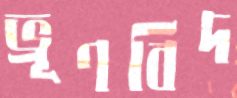
ভ্রূণবিদ